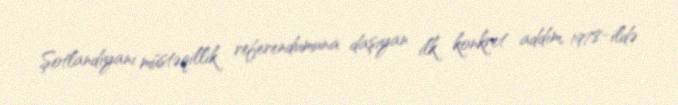
Şotlandiyanı müstəqillik referendumuna daşıyan ilk konkret addım, 1978-ildə